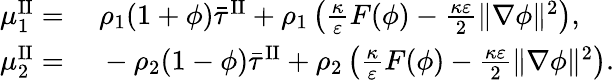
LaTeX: \begin{array}{rl}{\mu_{1}^{\mathrm{II}}=}&{{}~\rho_{1}(1+\phi)\bar{\tau}^{\mathrm{II}}+\rho_{1}\left(\frac{\kappa}{\varepsilon}F(\phi)-\frac{\kappa\varepsilon}{2}\| \nabla\phi\| ^{2}\right),}\\ {\mu_{2}^{\mathrm{II}}=}&{{}~-\rho_{2}(1-\phi)\bar{\tau}^{\mathrm{II}}+\rho_{2}\left(\frac{\kappa}{\varepsilon}F(\phi)-\frac{\kappa\varepsilon}{2}\| \nabla\phi\| ^{2}\right).}\end{array}